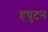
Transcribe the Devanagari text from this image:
हयुटन